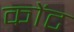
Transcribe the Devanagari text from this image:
कोंट